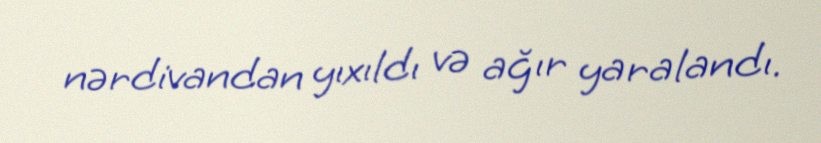
nərdivandan yıxıldı və ağır yaralandı.